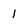
Character: 1